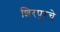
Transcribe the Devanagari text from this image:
शिरपुरचे